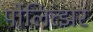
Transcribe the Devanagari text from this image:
पोलित्झर